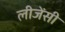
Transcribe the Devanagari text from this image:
लीजेंसी